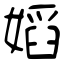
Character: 嫍